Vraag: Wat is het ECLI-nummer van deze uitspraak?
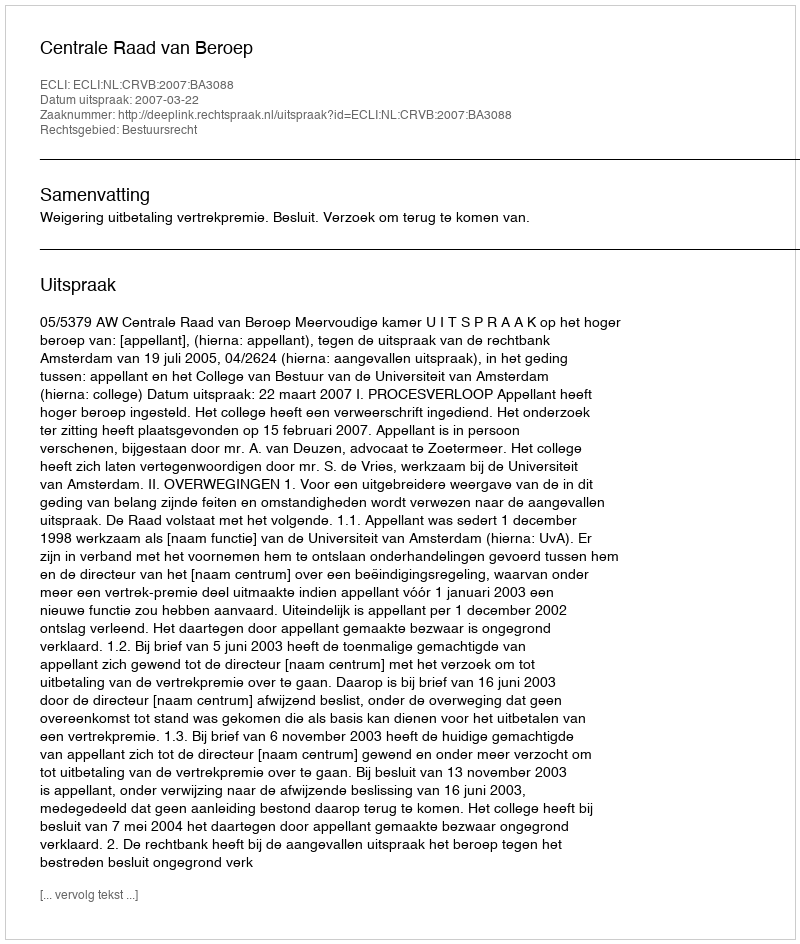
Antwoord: ECLI:NL:CRVB:2007:BA3088